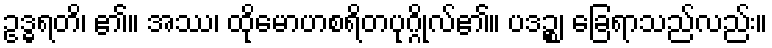
ဥဒ္ဓရတိ၊ ၏။ အဿ၊ ထိုမောဟစရိတပုဂ္ဂိုလ်၏။ ပဒဉ္စ၊ ခြေရာသည်လည်း။